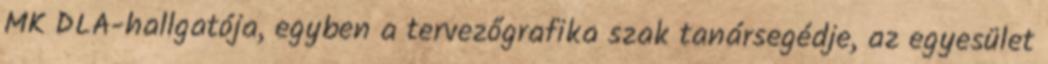
MK DLA-hallgatója, egyben a tervezőgrafika szak tanársegédje, az egyesület